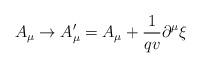
LaTeX: \begin{align*}A_{\mu }\rightarrow A_{\mu }^{\prime }=A_{\mu }+\frac{1}{qv}\partial ^{\mu}\xi \end{align*}